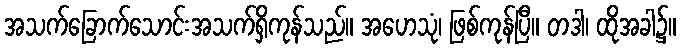
အသက်ခြောက်သောင်းအသက်ရှိကုန်သည်။ အဟေသုံ၊ ဖြစ်ကုန်ပြီ။ တဒါ၊ ထိုအခါ၌။